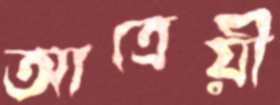
আত্রেয়ী